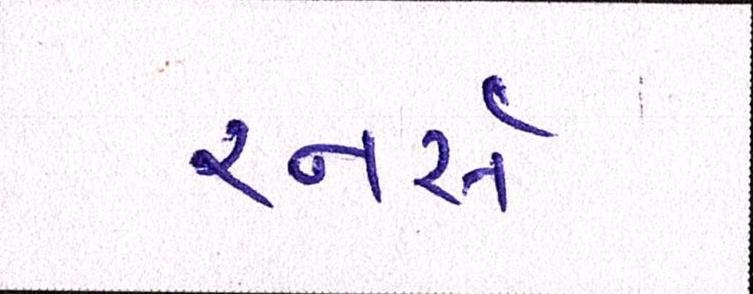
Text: રનર્સ